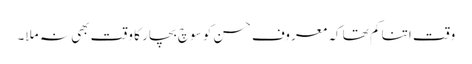
وقت اتنا کم تھا کہ معروف حسن کو سوچ بچار کا وقت بھی نہ ملا۔